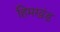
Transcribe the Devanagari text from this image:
हिमखंड़